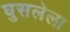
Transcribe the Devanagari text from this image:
घुसलेला